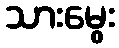
သားမွေး